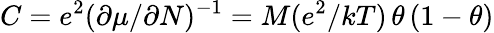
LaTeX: C=e^{2}(\partial\mu/\partial N)^{-1}=M(e^{2}/kT)\, \theta\, (1-\theta)